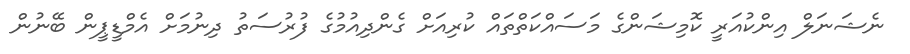
ނެޝަނަލް އިންކުއަރީ ކޮމިޝަންގެ މަސައްކަތްތައް ކުރިއަށް ގެންދިއުމުގެ ފުރުސަތު ދިނުމަށް އެމްޑީޕީން ބޭނުން